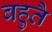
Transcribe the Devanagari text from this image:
बहुतै